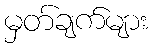
မှတ်ချက်များ